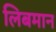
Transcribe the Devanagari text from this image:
लिबमान